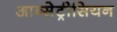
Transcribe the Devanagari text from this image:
आब्सेट्रीसियन